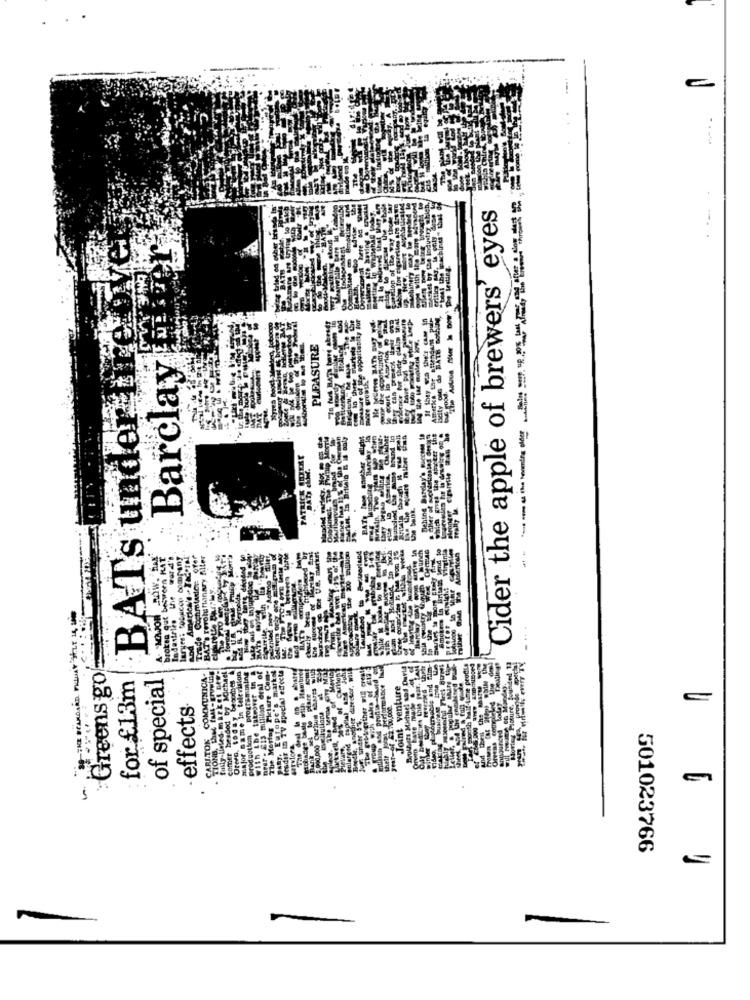
---
Cider the apple of brewers' eyes
here
eritien
BATs under fire
Beity one de BATH nothing
to court in Amenos To
Amerke the attendant
PLEASURE
Barclay
Hyres Doodt-Ml
meter for the
Enund in
Lehine Barday's Facceen 18
EIFEL The ameter the
inch
KAT
ken gut beswern KAT
yes: Tobacco Company
Conmiadice ofer
revolu hanary Alles
enren
Sented
Curly
programming
leader in TV special effects
erforme Ance Incl
month half-time prodila
Greens go
for £13m
of special
CARI.TOK COMMUNICA-
ONB, thet fall -growing
Oreen, today becomes A
major name in television
Lbe tateover in @
near - 813 million dral of
# Mortar Pletare Com-
Hodk, another director,
comer headed by Noch
Joint venture
Announced today
effects
wentu
production
thelt
501023766